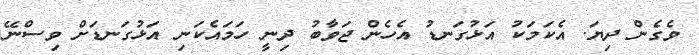
ވެގެން ދިޔަ. އެކަމަކު އަޅުގަނޑު އެހެން ޖަވާބު ދިނީ ހަމައެކަނި އަޅުގަނޑަށް ވިސްނޭ